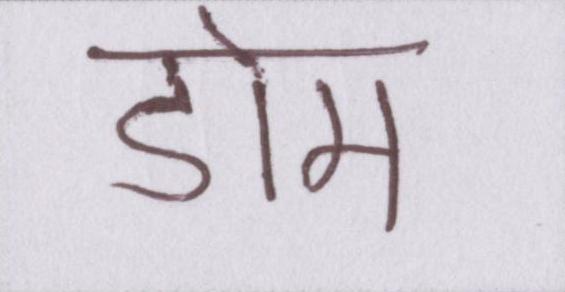
डोम